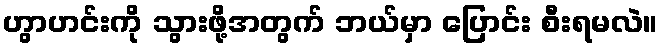
ဟွာဟင်းကို သွားဖို့အတွက် ဘယ်မှာ ပြောင်း စီးရမလဲ။